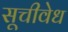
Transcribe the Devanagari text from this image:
सूचीवेध